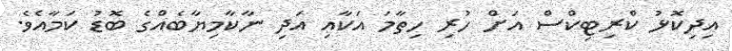
އިދިކޮޅު ކްރިޓިކްސް އަށް ހުރި ހިތާމަ އަކާއި އަދި ނާކާމިޔާބެއްގެ ބޮޑު ކަމާއެވެ.